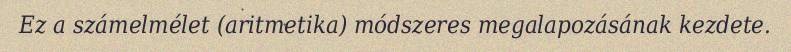
Ez a számelmélet (aritmetika) módszeres megalapozásának kezdete.